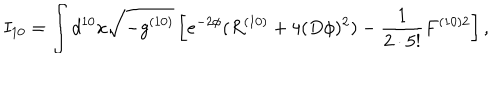
I _ { 1 0 } = \int d ^ { 1 0 } x \sqrt { - g ^ { ( 1 0 ) } } \left[ e ^ { - 2 \phi } ( R ^ { ( 1 0 ) } + 4 ( D \phi ) ^ { 2 } ) - \frac { 1 } { 2 \cdot 5 ! } F ^ { ( 1 0 ) 2 } \right] ,